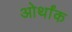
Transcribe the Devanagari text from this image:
ओर्थांक